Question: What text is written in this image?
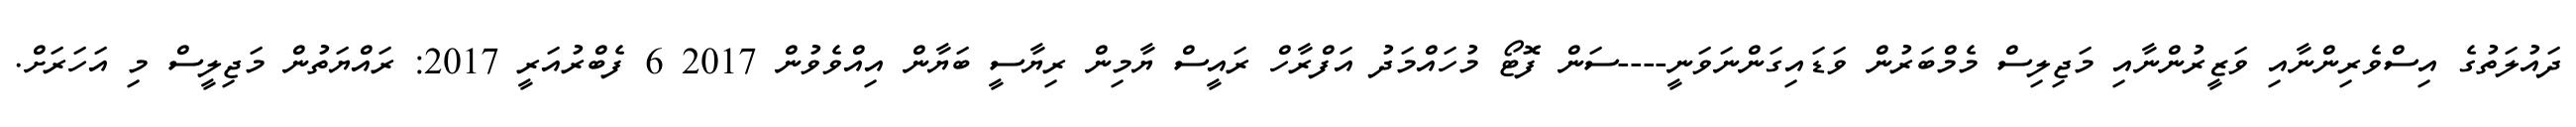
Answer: ދައުލަތުގެ އިސްވެރިންނާއި ވަޒީރުންނާއި މަޖިލިސް މެމްބަރުން ވަޑައިގަންނަވަނީ----ސަން ފޮޓޯ މުހައްމަދު އަފްރާހް ރައީސް ޔާމިން ރިޔާސީ ބަޔާން އިއްވެވުން 2017 6 ފެބްރުއަރީ 2017: ރައްޔަތުން މަޖިލީސް މި އަހަރަށް.